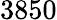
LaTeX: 3850